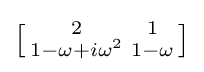
\left[{\begin{smallmatrix}2&1\\1-\omega +i\omega ^{2}&1-\omega \end{smallmatrix}}\right]